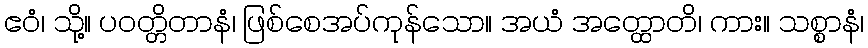
ဧဝံ၊ သို့။ ပဝတ္တိတာနံ၊ ဖြစ်စေအပ်ကုန်သော။ အယံ အတ္ထောတိ၊ ကား။ သစ္စာနံ၊